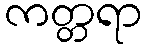
ကတ္တရာ